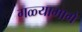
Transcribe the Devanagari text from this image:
गळ्यामागे